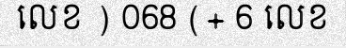
លេខ ) 068 (+ 6 លេខ